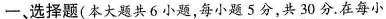
一、选择题(本大题共6小题，每小题5分，共30分.在每小